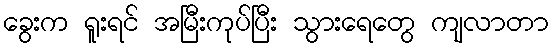
ခွေးက ရူးရင် အမြီးကုပ်ပြီး သွားရေတွေ ကျလာတာ